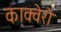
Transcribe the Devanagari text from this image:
काक्वेरो